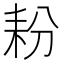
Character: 𮋤